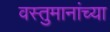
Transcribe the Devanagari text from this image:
वस्तुमानांच्या